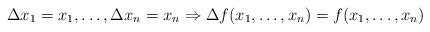
LaTeX: \begin{align*}\Delta x_1=x_1,\ldots,\Delta x_n=x_n\Rightarrow \Delta f(x_1,\ldots, x_n)=f(x_1,\ldots,x_n)\end{align*}